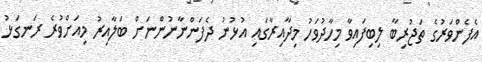
އެފެންވަރުގެ ތަޖުރިބާ ލިބިފައިވާ މިހާދުވަހު މިދާއިރާގައި އުޅުނު ދެފަންނާނުންނަށް ބަލާއިރު މިއަށްވުރެ ރަނގަޅު